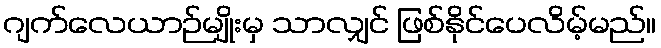
ဂျက်လေယာဉ်မျိုးမှ သာလျှင် ဖြစ်နိုင်ပေလိမ့်မည်။